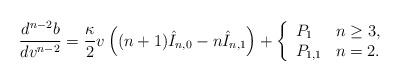
LaTeX: \begin{align*} \frac{d^{n-2}b}{dv^{n-2}}=\frac{\kappa}{2}v\left((n+1)\hat{I}_{n,0}-n\hat{I}_{n,1}\right)+\left\{ \begin{array}{ll} P_1 & n\geq 3,\\ P_{1,1}& n=2. \end{array}\right.\end{align*}